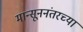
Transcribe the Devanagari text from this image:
मान्सूननंतरच्या